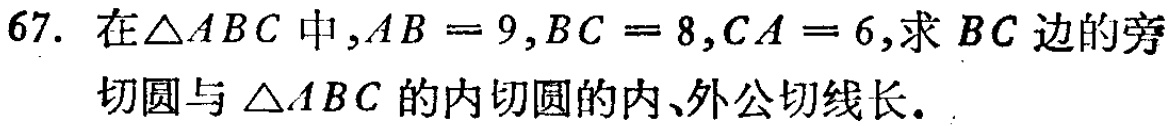
在\(\triangle ABC\)中，\(AB = 9\)，\(BC = 8\)，\(CA = 6\)，求 \(BC\) 边的旁切圆与 \(\triangle ABC\) 的内切圆的内、外公切线长。